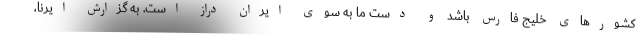
کشورهای خلیج فارس باشد و دست ما به سوی ایران دراز است. به گزارش ایرنا،